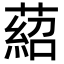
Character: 𦹄